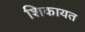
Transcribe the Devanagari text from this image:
शिकायत